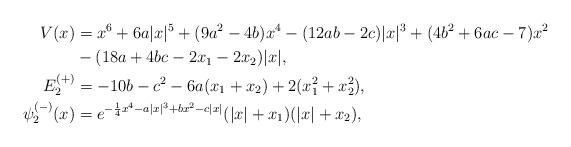
LaTeX: \begin{align*} V(x) & = x^6 + 6a |x|^5 + (9a^2 - 4b) x^4 - (12ab - 2c) |x|^3 + (4b^2 + 6ac - 7) x^2 \\ & - (18a + 4bc - 2x_1 - 2x_2) |x|, \\ E_2^{(+)} &= - 10b - c^2 - 6a(x_1+x_2) + 2(x_1^2+x_2^2), \\ \psi_2^{(-)}(x) &= e^{- \frac{1}{4} x^4 - a |x|^3 + b x^2 - c |x|} (|x|+x_1) (|x|+x_2), \end{align*}